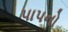
પાપનો